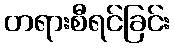
တရားစီရင်ခြင်း